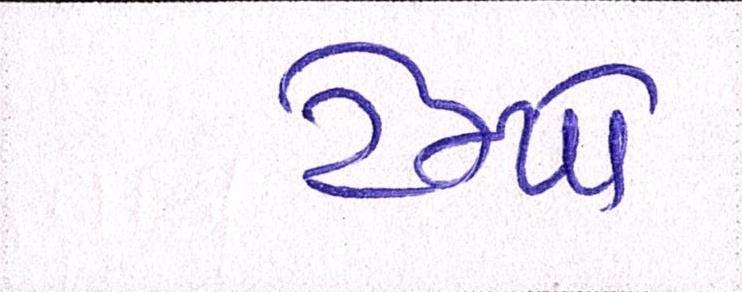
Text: ટેમ્પો